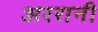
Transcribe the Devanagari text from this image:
अररानी